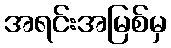
အရင်းအမြစ်မှ